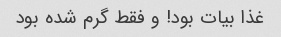
غذا بیات بود! و فقط گرم شده بود